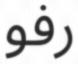
رفو